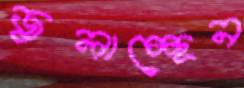
জ্বলাচ্ছেন